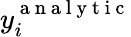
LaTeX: y_{i}^{\mathrm{~a~n~a~l~y~t~i~c~}}